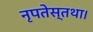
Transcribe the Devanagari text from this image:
नृपतेस्तथा।